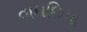
વાઘછિપા